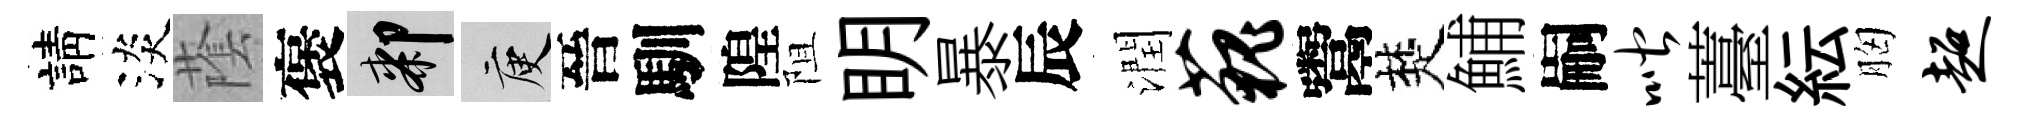
請淡䕃褒膝庾晉馴隍阻眀暴辰潤藐鬻楚鯆嗣喈薹紜胸超